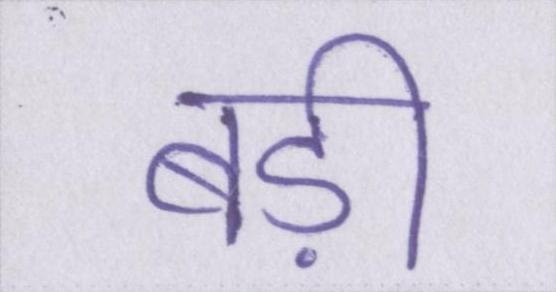
बड़ी